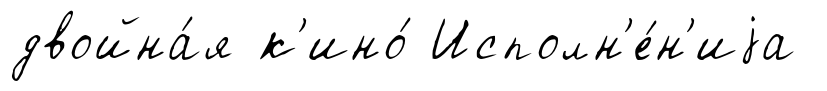
двойна́я к'ино́ Исполн'е́н'иjа